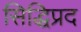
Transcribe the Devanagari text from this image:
सिद्धिप्रद